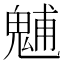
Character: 𩳐